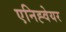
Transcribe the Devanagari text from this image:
एनिह्वेयर